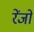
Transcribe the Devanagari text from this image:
रेंजों